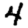
Digit: 4